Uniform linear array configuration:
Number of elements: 32
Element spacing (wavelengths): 0.25
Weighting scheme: exponential
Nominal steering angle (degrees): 45
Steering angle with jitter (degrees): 44.571
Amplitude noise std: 0.05
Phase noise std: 0.05

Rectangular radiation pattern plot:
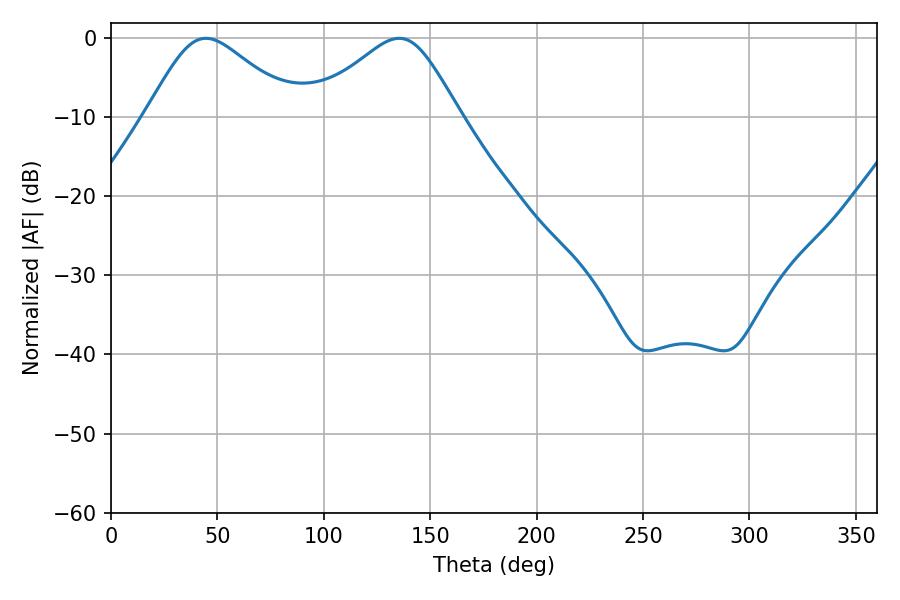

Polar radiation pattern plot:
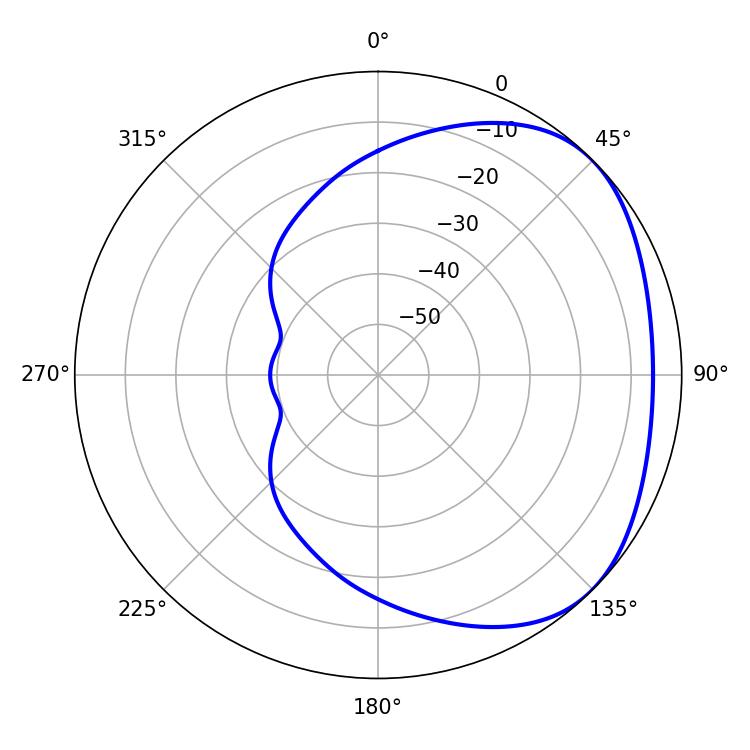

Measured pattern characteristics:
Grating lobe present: FALSE
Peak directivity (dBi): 2.854
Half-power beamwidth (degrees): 34.38
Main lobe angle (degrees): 44.64